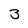
Character: 3